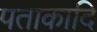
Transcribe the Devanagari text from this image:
पताकादि